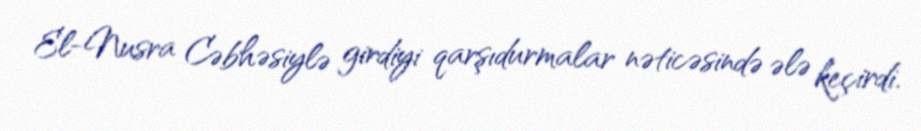
El-Nusra Cəbhəsiylə girdiyi qarşıdurmalar nəticəsində ələ keçirdi.